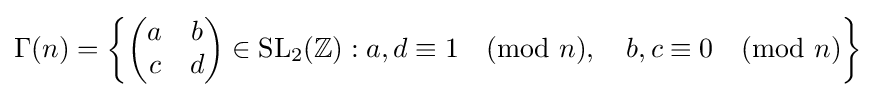
\Gamma (n)=\left\{{\begin{pmatrix}a&b\\c&d\end{pmatrix}}\in \mathrm {SL} _{2}(\mathbb {Z} ):a,d\equiv 1{\pmod {n}},\quad b,c\equiv 0{\pmod {n}}\right\}